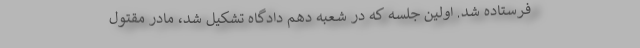
فرستاده شد. اولین جلسه که در شعبه‌ دهم دادگاه تشکیل شد، مادر مقتول